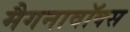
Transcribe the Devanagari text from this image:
मैगनावॉक्स